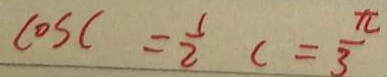
\cos C = \frac { 1 } { 2 } C = \frac { \pi } { 3 }